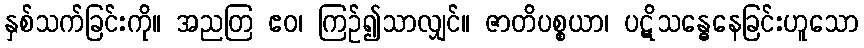
နှစ်သက်ခြင်းကို။ အညတြ ဧဝ၊ ကြဉ်၍သာလျှင်။ ဇာတိပစ္စယာ၊ ပဋိသန္ဓေနေခြင်းဟူသော